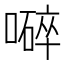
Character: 𡀬